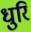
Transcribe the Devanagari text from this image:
धुरि